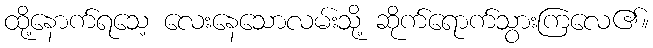
ထို့နောက်ရသေ့ လေးနေသောလမ်းသို့ ဆိုက်ရောက်သွားကြလေ၏။